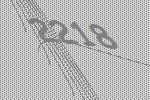
2218